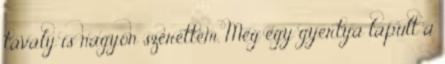
tavaly is nagyon szerettem. Még egy gyertya lapult a